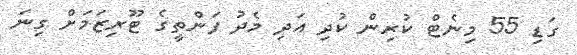
ގަޑި 55 މިނެޓް ކުރިން ކުދި އަދި މެދު ފަންތީގެ ޓޫރިޒަމަށް ގިނަ